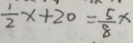
\frac { 1 } { 2 } x + 2 0 = \frac { 5 } { 8 } x